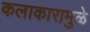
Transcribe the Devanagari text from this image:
कलाकारामुळे